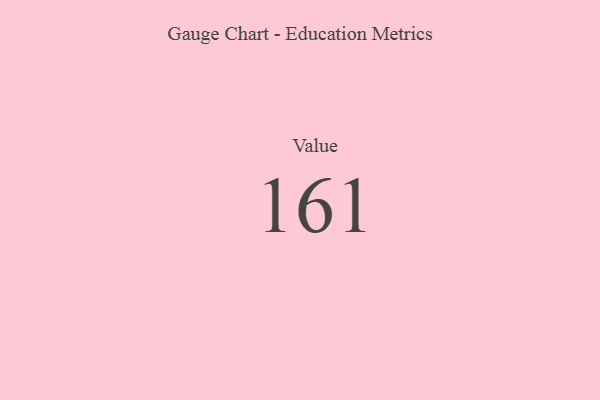
{"axis": {"x": "Metric", "y": "Value"}, "legend": [""], "data": [{"x": "Value", "y": 161, "type": ""}]}